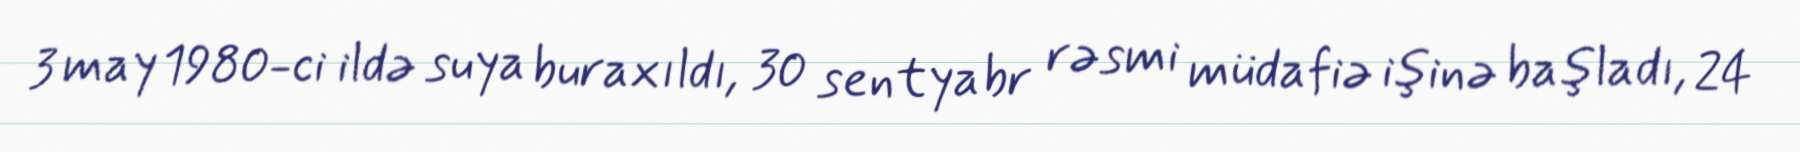
3 may 1980-ci ildə suya buraxıldı, 30 sentyabr rəsmi müdafiə işinə başladı, 24